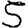
Digit: 5